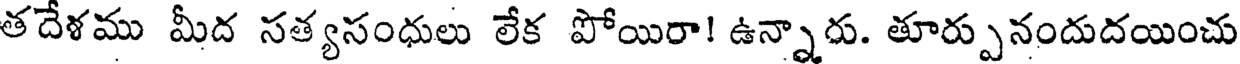
తదేళము మీద సత్యసంధులు లేక పోయిరా! ఉన్నారు. తూర్పునందుదయించు